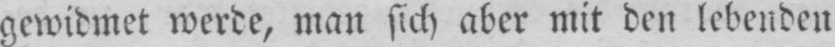
gewidmet werde, man sich aber mit den lebenden